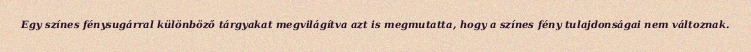
Egy színes fénysugárral különböző tárgyakat megvilágítva azt is megmutatta, hogy a színes fény tulajdonságai nem változnak.